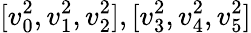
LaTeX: [v_{0}^{2},v_{1}^{2},v_{2}^{2}],[v_{3}^{2},v_{4}^{2},v_{5}^{2}]